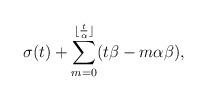
LaTeX: \begin{align*}\sigma(t) + \sum_{m = 0}^{\lfloor \frac{t}{\alpha} \rfloor}(t\beta-m\alpha\beta),\end{align*}